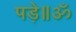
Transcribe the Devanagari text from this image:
पड़े॥ॐ